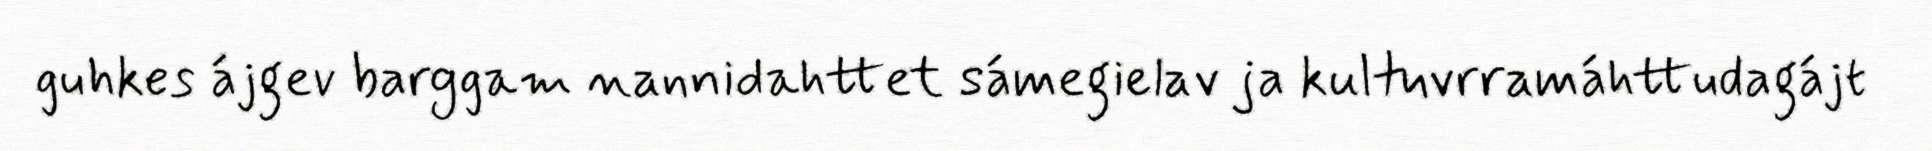
guhkes ájgev barggam nannidahttet sámegielav ja kultuvrramáhttudagájt